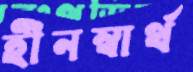
হীনস্বার্থ